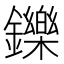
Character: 鑠